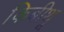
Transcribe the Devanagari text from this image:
किबीथू